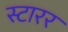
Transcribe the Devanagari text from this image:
स्टारर